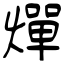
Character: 燀